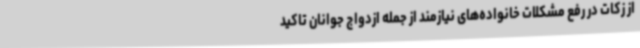
از زکات در رفع مشکلات خانواده‌های نیازمند از جمله ازدواج جوانان تاکید